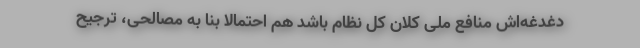
دغدغه‌اش منافع ملی کلان کل نظام باشد هم احتمالا بنا به مصالحی، ترجیح